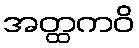
အတ္ထကဝိ